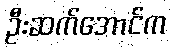
ဦးဆက်အောင်က